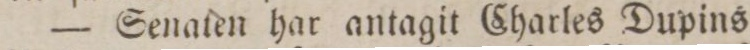
— Senaten har antagit Charles Dupins